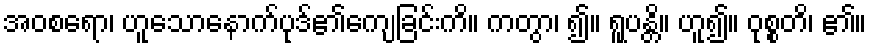
အဝစရော၊ ဟူသောနောက်ပုဒ်၏ကျေခြင်းကိ။ ကတွာ၊ ၍။ ရူပန္တိ။ ဟူ၍။ ဝုစ္စတိ၊ ၏။